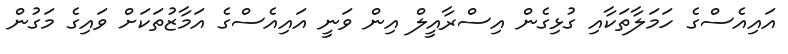
އައިއެސްގެ ހަމަލާތަކާއި ގުޅިގެން އިސްރާއީލް އިން ވަނީ އައިއެސްގެ އަމާޒުތަކަށް ވައިގެ މަގުން